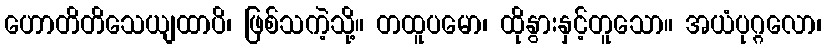
ဟောတိတိသေယျထာပိ၊ ဖြစ်သကဲ့သို့။ တထူပမော၊ ထိုနွားနှင့်တူသော။ အယံပုဂ္ဂလော၊